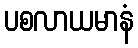
ပစလာယမာနံ